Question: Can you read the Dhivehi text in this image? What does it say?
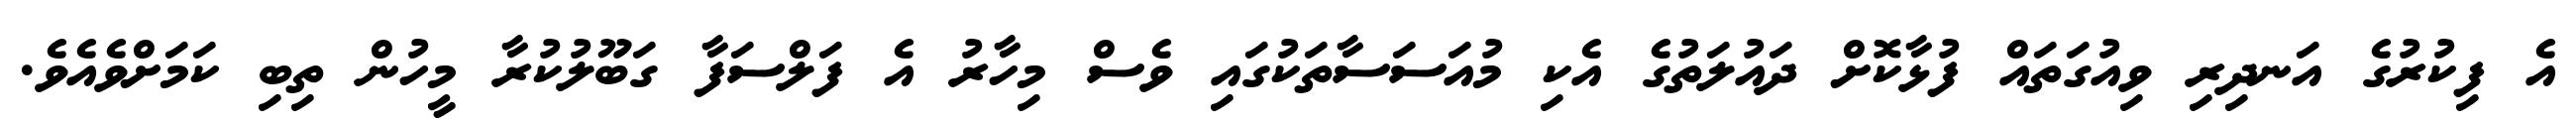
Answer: އެ ފިކުރުގެ އަނދިރި ވިއުގަތައް ފުޅާކޮށް ދައުލަތުގެ އެކި މުއަސަސާތަކުގައި ވެސް މިހާރު އެ ފަލްސަފާ ގަބޫލުކުރާ މީހުން ތިބި ކަމަށްވެއެވެ.